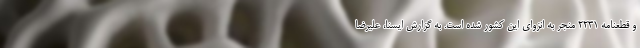
و قطعنامه ۲۲۳۱ منجر به انزوای این کشور شده است. به گزارش ایسنا، علیرضا